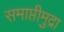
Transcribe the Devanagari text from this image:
समाप्तीमुद्रा